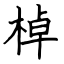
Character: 棹